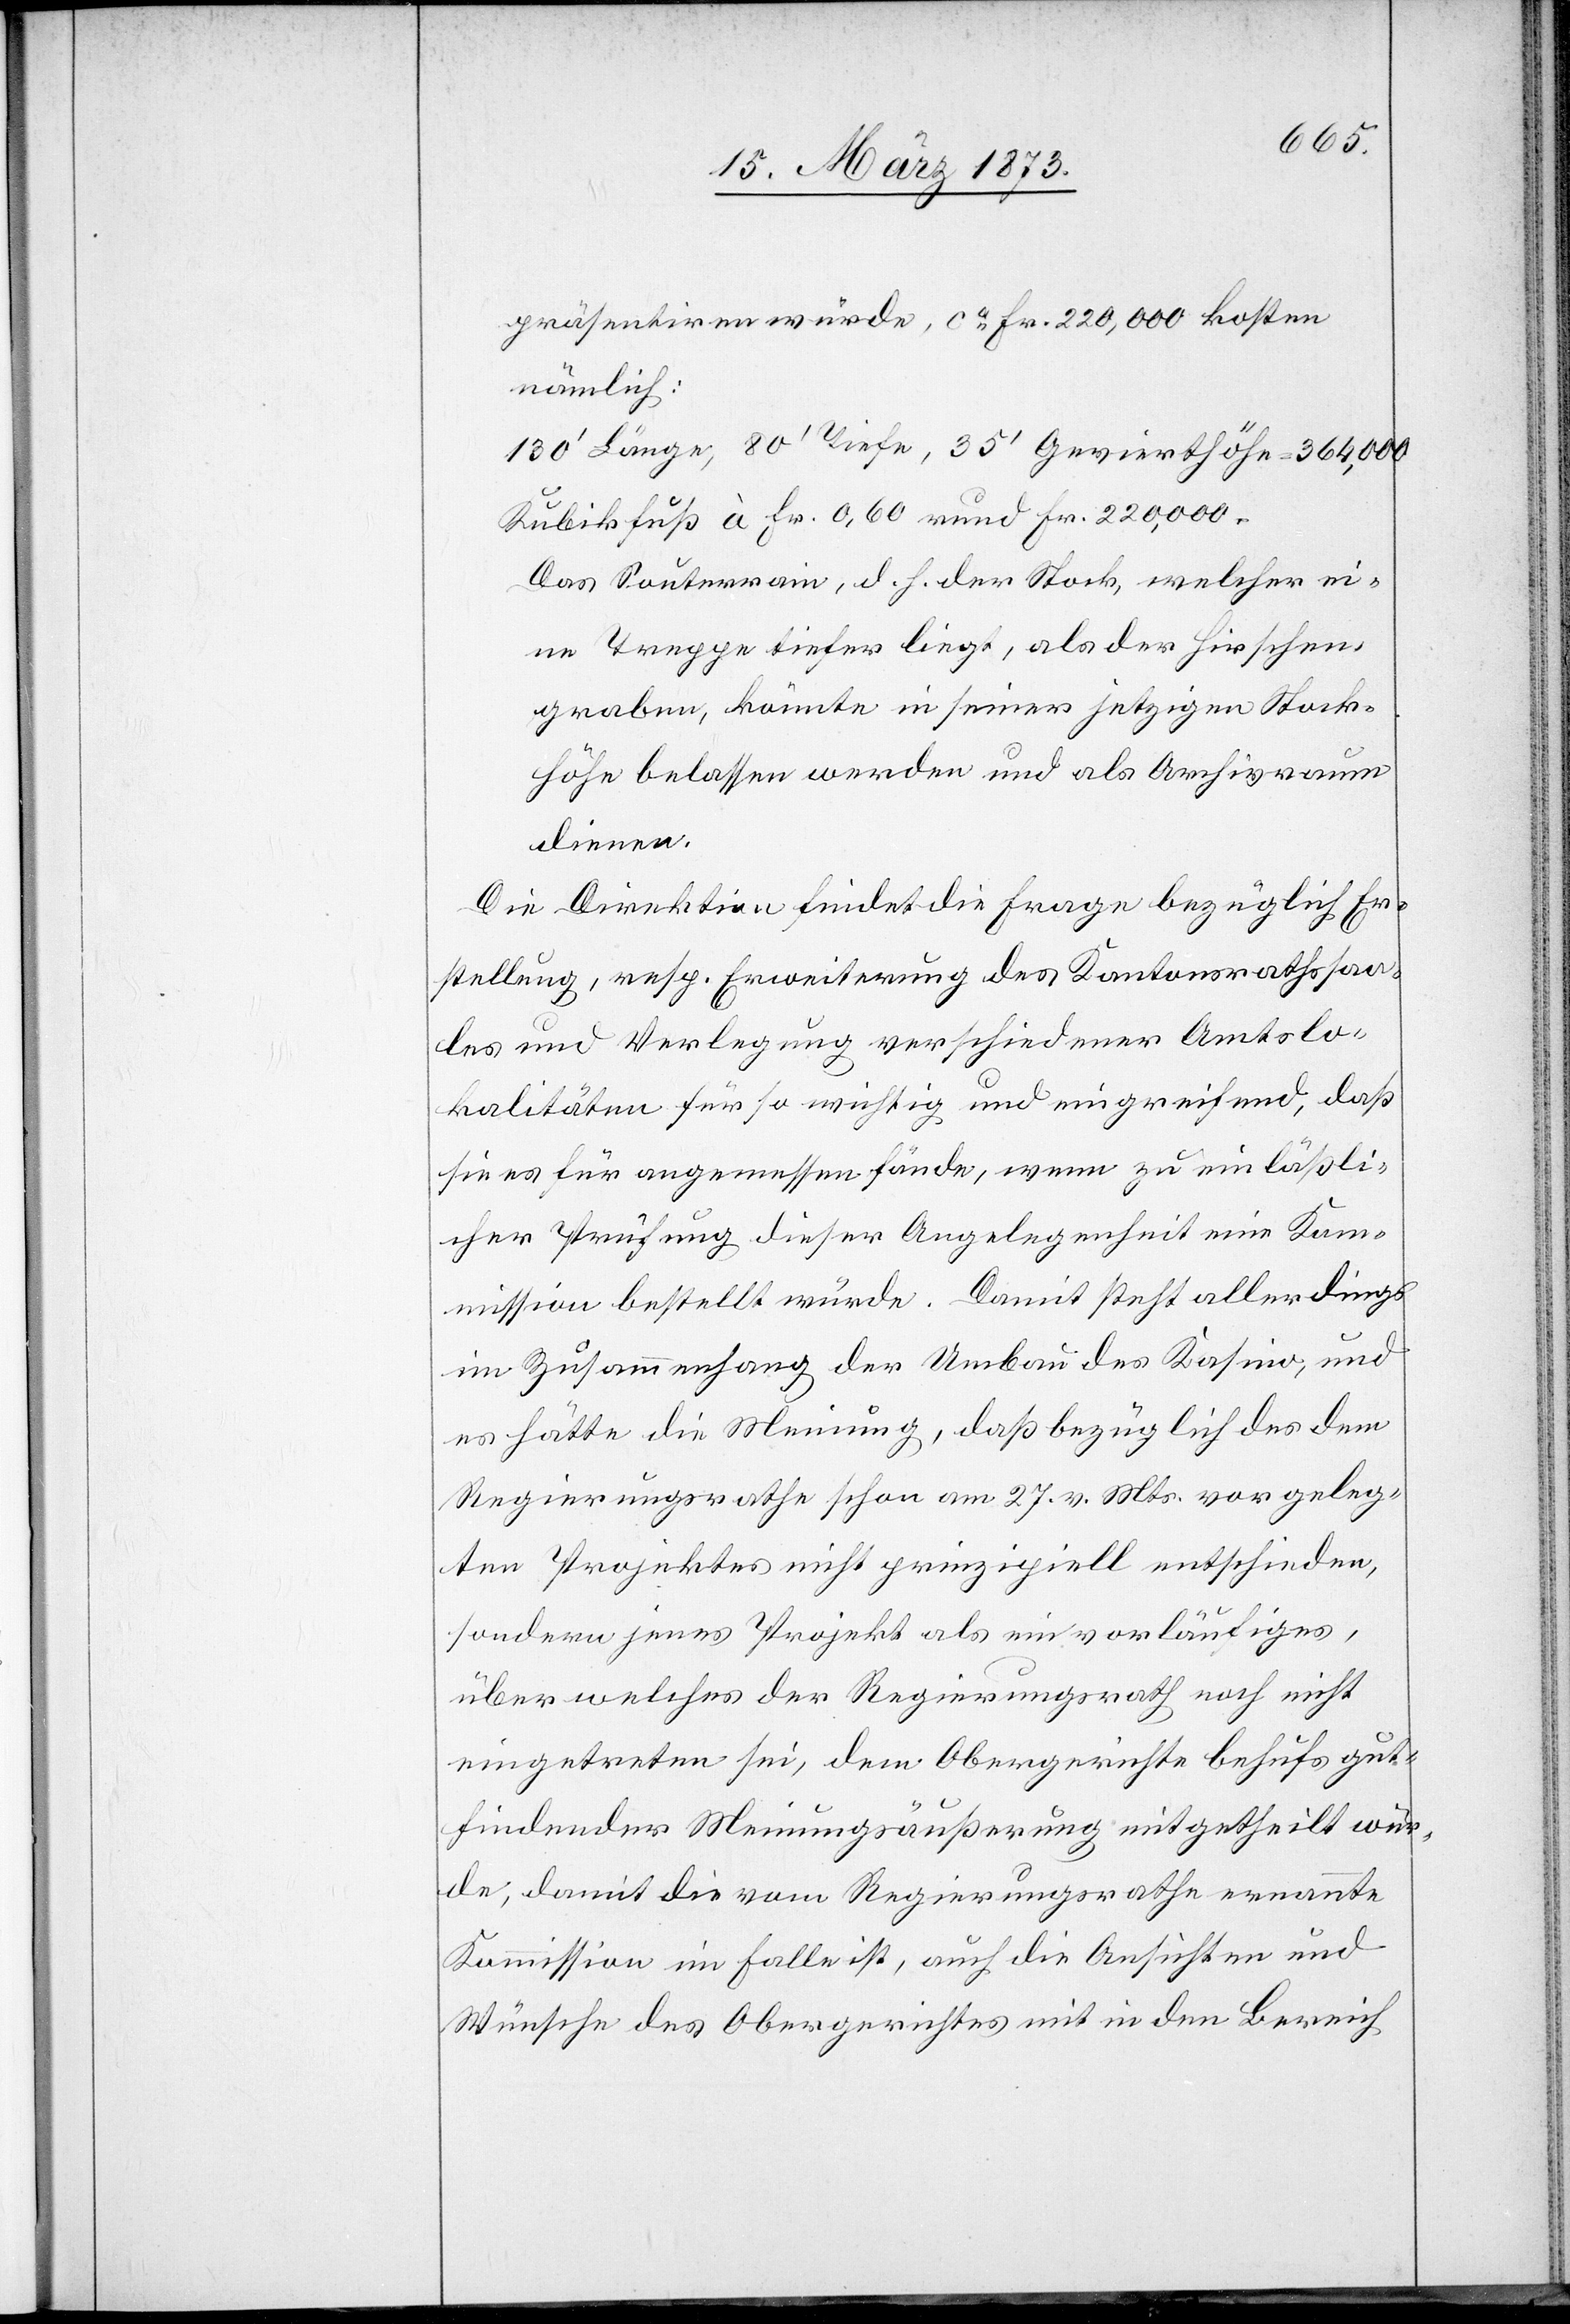
präsentiren würde, ca Fr. 220,000 kosten
nämlich:
130’ Länge, 80’ Tiefe, 35’ Gevierthöhe = 364,000
Kubikfuß à Fr. 0,60 rund Fr. 220,000.
Das Souterrain, d. h. der Stock, welcher ei¬
ne Treppe tiefer liegt, als der Hirschen¬
graben, könnte in seiner jetzigen Stock¬
höhe belassen werden und als Archivraum
dienen.
Die Direktion findet die Frage bezüglich Er¬
stellung, resp. Erweiterung des Kantonsrathssaa¬
les und Verlegung verschiedener Amtslo¬
kalitäten für so wichtig und eingreifend, daß
sie es für angemessen fände, wenn zu einläßli¬
cher Prüfung dieser Angelegenheit eine Kom¬
mission bestellt würde. Damit steht allerdings
im Zusammenhang der Umbau des Kasino, und
es hätte die Meinung, daß bezüglich des dem
Regierungsrathe schon am 27. v. Mts. vorgeleg¬
ten Projektes nicht prinzipiell entschieden,
sondern jenes Projekt als ein vorläufiges,
über welches der Regierungsrath noch nicht
eingetreten sei, dem Obergerichte behufs gut¬
findender Meinungsäußerung mitgetheilt wür¬
de, damit die vom Regierungsrathe ernannte
Kommission im Falle ist, auch die Ansichten und
Wünsche des Obergerichtes mit in den Bereich